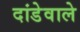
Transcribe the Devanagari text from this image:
दांडेवाले